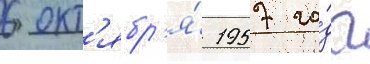
6 окт'ябр'я́ 1957 го́да